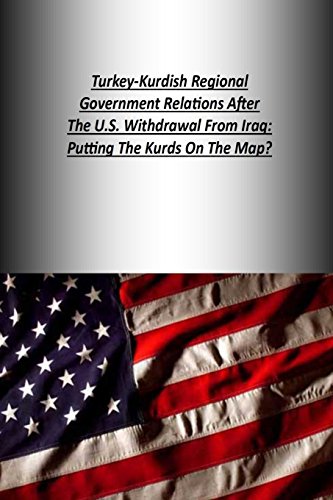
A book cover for Turkey-Kurdish Regional Government Relations After The U.S. Withdrawal From Iraq: Putting The Kurds On The Map?; Strategic Studies Institute; Travel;